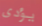
يؤدى